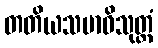
တတိယသမာဓိသုတ္တံ